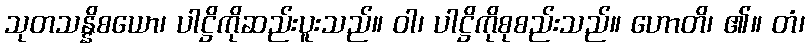
သုတသန္နိစယော၊ ပါဋ္ဌိကိုဆည်းပူးသည်။ ဝါ၊ ပါဋ္ဌိကိုစုစည်းသည်။ ဟောတိ၊ ၏။ တံ၊